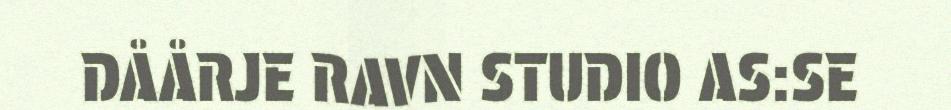
DÅÅRJE RAVN STUDIO AS:SE